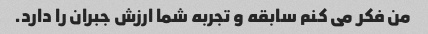
من فکر می کنم سابقه و تجربه شما ارزش جبران را دارد.